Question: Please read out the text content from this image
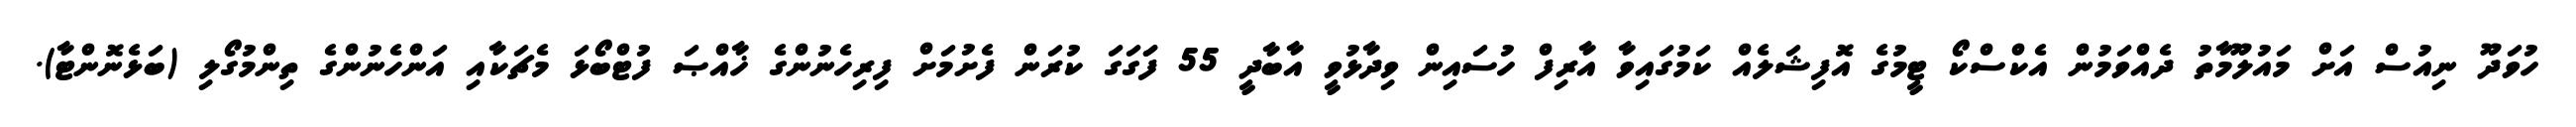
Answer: ހުވަދޫ ނިއުސް އަށް މައުލޫމާތު ދެއްވަމުން އެކްސްކޯ ޓީމުގެ އޮފިޝަލެއް ކަމުގައިވާ އާރިފް ހުސައިން ވިދާޅުވީ އާބާދީ 55 ފަަގަގަ ކުރަން ފެށުމަށް ފިރިހެނުންގެ ޚާއްޞަ ފުޓްބޯޅަ މެޗަކާއި އަންހެނުންގެ ތިންމުގޯލި (ބަޅެނޮންޓާ).